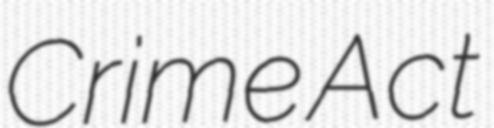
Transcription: Crime Act